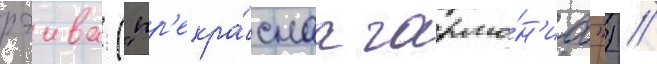
рэива ("пр'екра́снаа гармо́н'иа") //